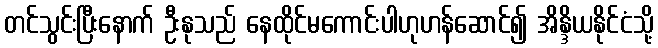
တင်သွင်းပြီးနောက် ဦးနုသည် နေထိုင်မကောင်းပါဟုဟန်ဆောင်၍ အိန္ဒိယနိုင်ငံသို့